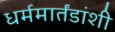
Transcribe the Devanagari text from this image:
धर्ममार्तंडांशी